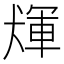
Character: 𤟴